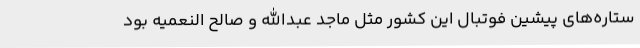
ستاره‌های پیشین فوتبال این کشور مثل ماجد عبدالله و صالح النعمیه بود